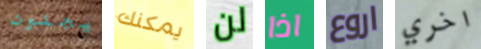
يجنون يمكنك لن اذا اروع اخري